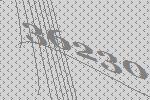
36230